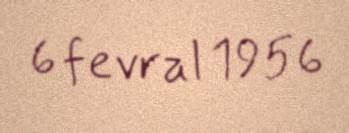
6 fevral 1956